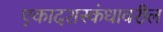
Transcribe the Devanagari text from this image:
एकादशस्कंधावरील